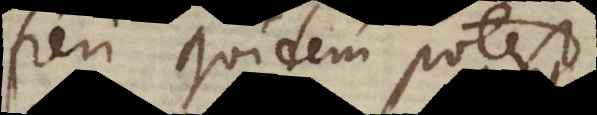
fieri quidem potest,